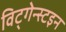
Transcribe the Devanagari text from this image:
विट्गेन्स्टइन